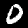
Label: 0